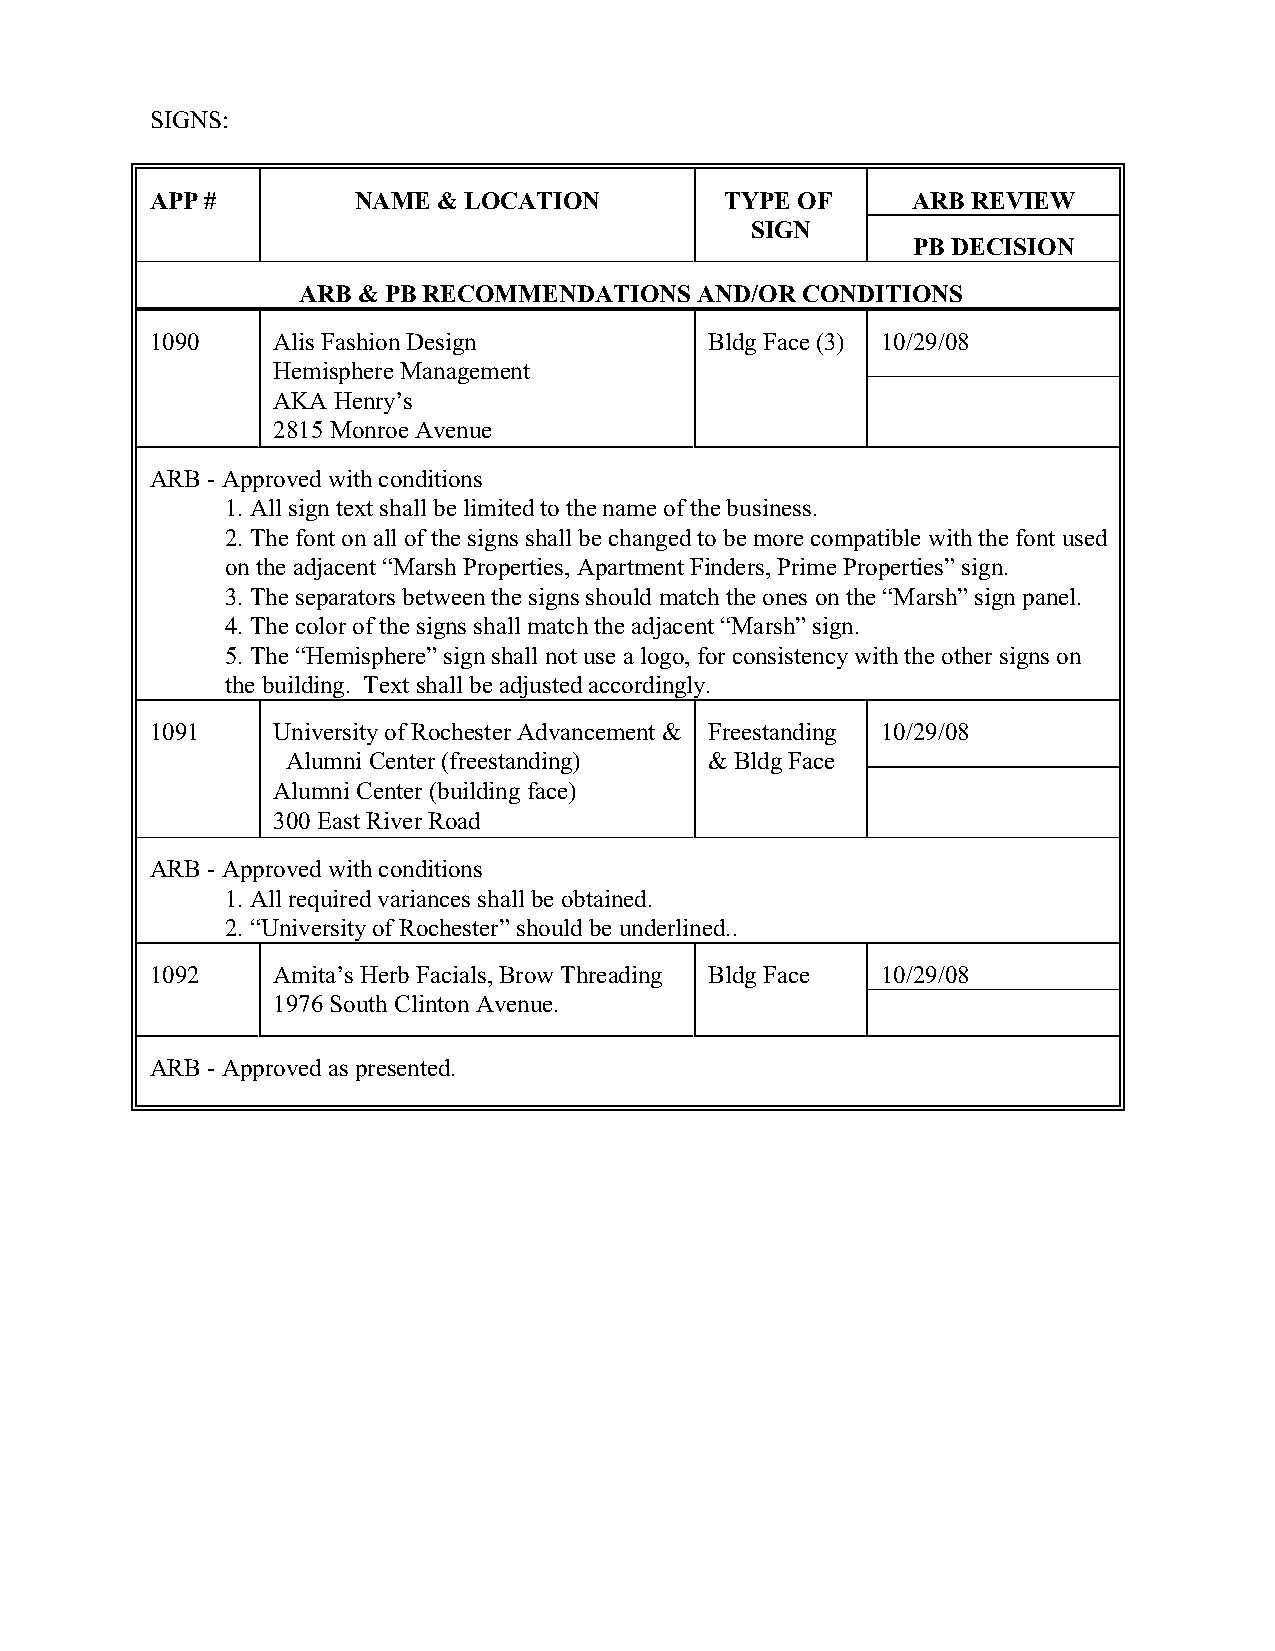
SIGNS:
 APP #        NAME  & LOCATION         TYPE OF     ARB REVIEW
 SIGN
 PB DECISION
 ARB & PB RECOMMENDATIONS  AND/OR CONDITIONS
 1090    Alis Fashion Design          Bldg Face (3) 10/29/08
 Hemisphere Management
 AKA Henry’s
 2815 Monroe Avenue
 ARB - Approved with conditions
 1. All sign text shall be limited to the name of the business.
 2. The font on all of the signs shall be changed to be more compatible with the font used
 on the adjacent “Marsh Properties, Apartment Finders, Prime Properties” sign.
 3. The separators between the signs should match the ones on the “Marsh” sign panel.
 4. The color of the signs shall match the adjacent “Marsh” sign.
 5. The “Hemisphere” sign shall not use a logo, for consistency with the other signs on
 the building. Text shall be adjusted accordingly.
 1091    University of Rochester Advancement & Freestanding 10/29/08
 Alumni Center (freestanding) & Bldg Face
 Alumni Center (building face)
 300 East River Road
 ARB - Approved with conditions
 1. All required variances shall be obtained.
 2. “University of Rochester” should be underlined..
 1092    Amita’s Herb Facials, Brow Threading Bldg Face 10/29/08
 1976 South Clinton Avenue.
 ARB - Approved as presented.